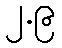
၂.၉